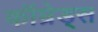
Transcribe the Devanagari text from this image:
कॉम्रेड्स